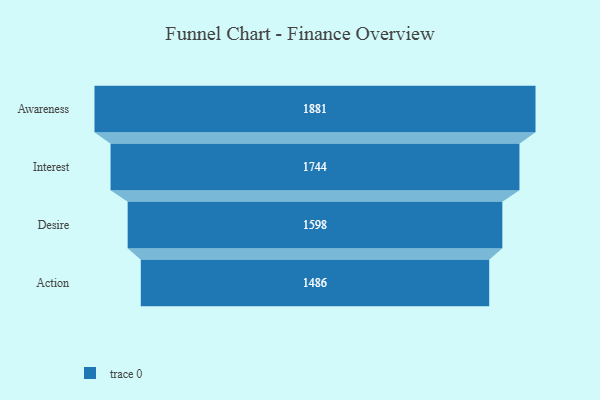
{"axis": {"x": "Stage", "y": "Value"}, "legend": [""], "data": [{"x": "Awareness", "y": 1881.0, "type": ""}, {"x": "Interest", "y": 1744.0, "type": ""}, {"x": "Desire", "y": 1598.0, "type": ""}, {"x": "Action", "y": 1486.0, "type": ""}]}